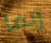
ربما